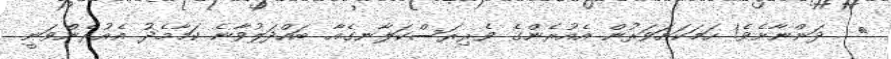
١  ދަންނާށެވެ! ހަމަކަށަވަރުން އެއުރެންގެ ވެރިރަސްކަލާނގެއާ ބައްދަލުވާނެ ކަމާމެދު އެއުރެންވަނީ